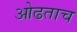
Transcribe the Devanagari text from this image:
ओढताच